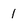
Character: 1